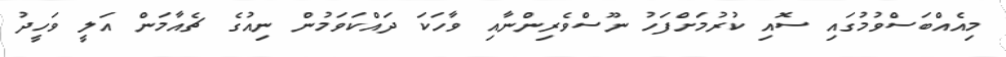
މިއެއްބަސްވުމުގައި ސޮއި ކުރުމަށްފަހު ނޫސްވެރިންނާއި ވާހަކަ ދައްކަވަމުން ނިއުގެ ޗެއާމަން އަލީ ވަހީދު